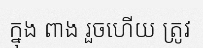
ក្នុង ពាង រួចហើយ ត្រូវ